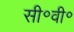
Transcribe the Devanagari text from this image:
सी॰वी॰